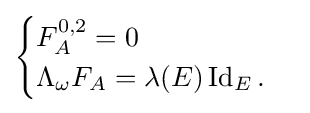
{\begin{cases}F_{A}^{0,2}=0\\\Lambda _{\omega }F_{A}=\lambda (E)\operatorname {Id} _{E}.\end{cases}}